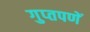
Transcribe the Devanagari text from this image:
गुप्‍तपणें